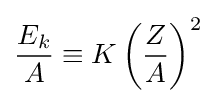
{\frac {E_{k}}{A}}\equiv K\left({\frac {Z}{A}}\right)^{2}